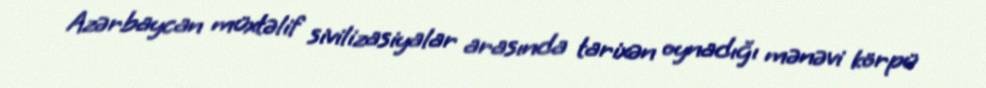
Azərbaycan müxtəlif sivilizasiyalar arasında tarixən oynadığı mənəvi körpü